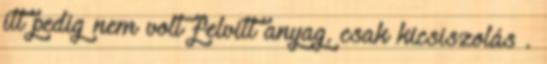
itt pedig nem volt felvitt anyag, csak kicsiszolás .